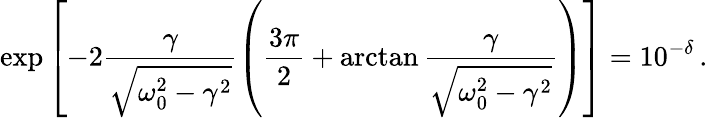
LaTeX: \exp\left[-2\frac{\gamma}{\sqrt{\omega_{0}^{2}-\gamma^{2}}}\left(\frac{3\pi}{2}+\arctan\frac{\gamma}{\sqrt{\omega_{0}^{2}-\gamma^{2}}}\right)\right]=10^{-\delta}\, .